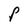
Character: F